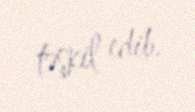
təşkil edib.